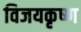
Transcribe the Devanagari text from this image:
विजयकृष्ण